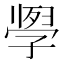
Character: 𭓗